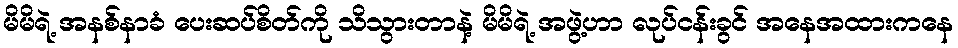
မိမိရဲ့ အနစ်နာခံ ပေးဆပ်စိတ်ကို သိသွားတာနဲ့ မိမိရဲ့ အဖွဲ့ဟာ လုပ်ငန်းခွင် အနေအထားကနေ